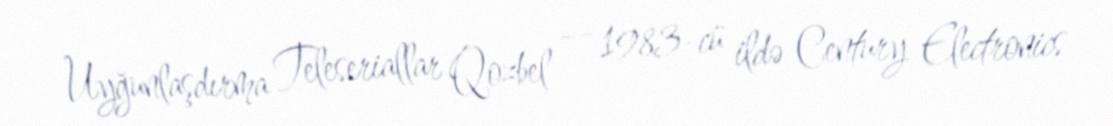
Uyğunlaşdırma Teleseriallar Qozbel — 1983-cü ildə Century Electronics